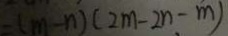
- ( m - n ) ( 2 m - 2 n - m )